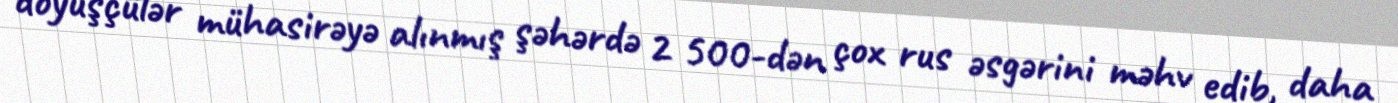
döyüşçülər mühasirəyə alınmış şəhərdə 2 500-dən çox rus əsgərini məhv edib, daha